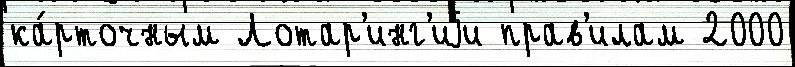
ка́рточным Лотар'инг'иjи прав'илам 2000